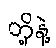
တို့နဲ့